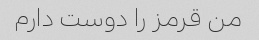
من قرمز را دوست دارم